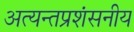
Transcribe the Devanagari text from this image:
अत्यन्तप्रशंसनीय